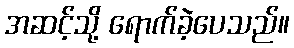
အဆင့်သို့ ရောက်ခဲ့ပေသည်။